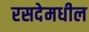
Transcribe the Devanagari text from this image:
रसदेमधील